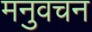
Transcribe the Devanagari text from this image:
मनुवचन